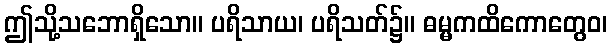
ဤသို့သဘောရှိသော။ ပရိသာယ၊ ပရိသတ်၌။ ဓမ္မကထိကောတွေဝ၊